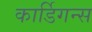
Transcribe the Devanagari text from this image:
कार्डिगन्स